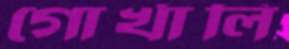
গোর্খালি